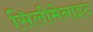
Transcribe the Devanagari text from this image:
सिलीमेनाइट